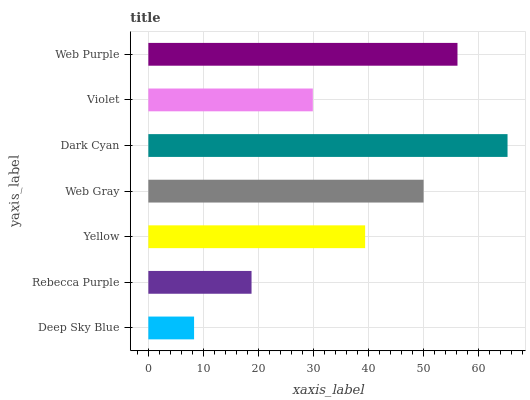
| yaxis_label | bars |
 | --- | --- |
 | Deep Sky Blue | 8.32 |
 | Rebecca Purple | 18.8 |
 | Yellow | 39.4 |
 | Web Gray | 50.1 |
 | Dark Cyan | 65.3 |
 | Violet | 29.9 |
 | Web Purple | 56.2 |